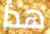
هذا